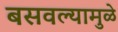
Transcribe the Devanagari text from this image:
बसवल्यामुळे